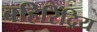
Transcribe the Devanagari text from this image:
बहिरिंद्रिय